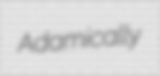
Adamically